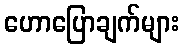
ဟောပြောချက်များ